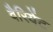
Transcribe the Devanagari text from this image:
वैरियेंट